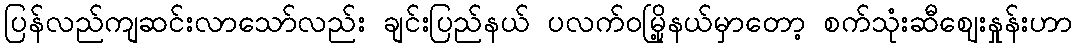
ပြန်လည်ကျဆင်းလာသော်လည်း ချင်းပြည်နယ် ပလက်ဝမြို့နယ်မှာတော့ စက်သုံးဆီဈေးနှုန်းဟာ